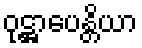
ဝုဋ္ဌာပေန္တိယာ